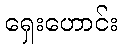
ရှေးဟောင်း